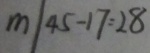
m \vert 4 5 - 1 7 = 2 8